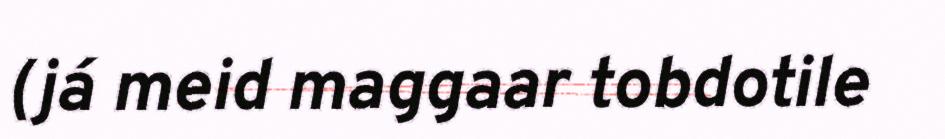
(já meid maggaar tobdotile